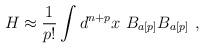
LaTeX: \begin{align*}H \approx \frac{1}{p!} \int d^{n+p}x \ B_{a[p]}B_{a[p]} \ , \end{align*}